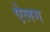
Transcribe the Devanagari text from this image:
ऐलग